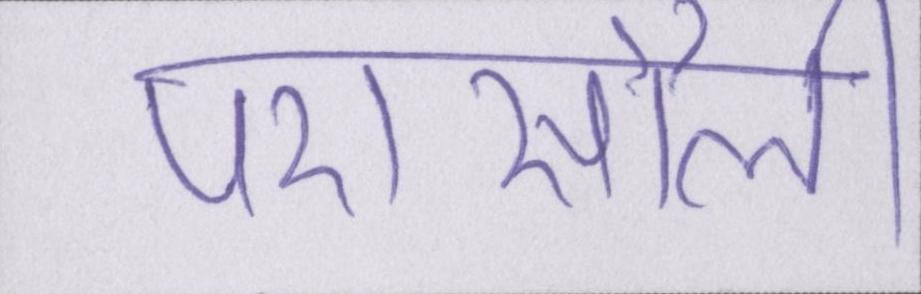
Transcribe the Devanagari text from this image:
परासौली